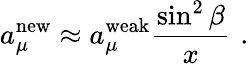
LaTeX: a_{\mu}^{\mathrm{{new}}}\approx a_{\mu}^{\mathrm{weak}}\frac{\sin^{2}\beta}{x}\, \, .